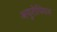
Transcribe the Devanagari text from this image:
अयुरोपियन